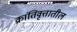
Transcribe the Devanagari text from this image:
क्रांतिवृत्तातील